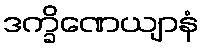
ဒက္ခိဏေယျာနံ